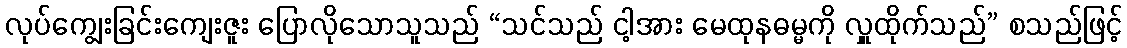
လုပ်ကျွေးခြင်းကျေးဇူး ပြောလိုသောသူသည် “သင်သည် ငါ့အား မေထုနဓမ္မကို လှူထိုက်သည်” စသည်ဖြင့်